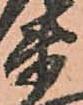
衛